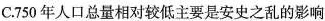
C. 750年人口总量相对较低主要是安史之乱的影响